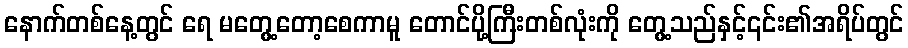
နောက်တစ်နေ့တွင် ရေ မတွေ့တော့စေကာမူ တောင်ပို့ကြီးတစ်လုံးကို တွေ့သည်နှင့်၎င်း၏အရိပ်တွင်